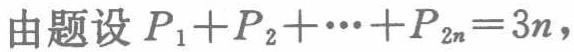
由题设 \(P_{1}+P_{2}+\cdots+P_{2n}=3n\)，